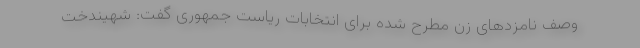
وصف نامزد‌های زن مطرح شده برای انتخابات ریاست جمهوری گفت: شهیندخت